Report of the Municipal Commissioner on the plague in Bombay for the year ending 31st May... - Volume 2
Disease focus: Plague
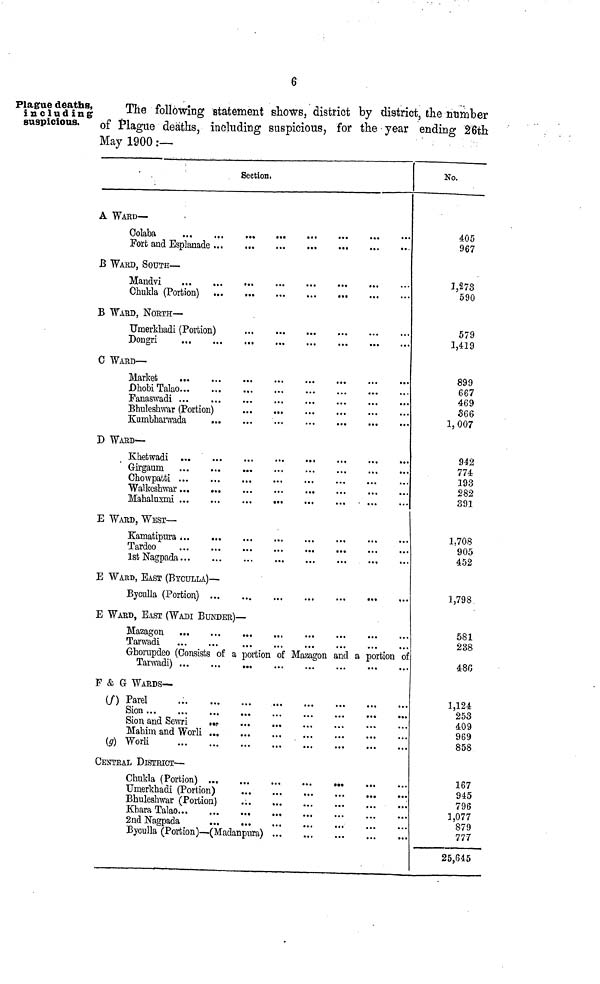
6
Plague deaths,
iuclud ing
suspicious.
The following statement shows, district by district, the number
of Plague deaths, including suspicious, for the year ending 26th
May 1900:—
A
B
B
C
D
E
E
E
F
C
Section
WARD—
WARD, SOUTH —
Mandvi
...
...
.
Ohukla (Portion)
WARD, NORTH —
TJmerkhadi (Portion)
...
WArD —
Market
DhobiTalao
Fanaswadi
Bhuleshwar (Portion)
Kumbharwada
,
WARD —
Khetwadi
Girgaum
Chowpatti
Walkeshwar
WARD, WEST —
Kamatipura
Tardeo
IstFagpada
,
WARD, EAST (BYCULLA) —
Byculla (Portion)
WARD, EAST (WADI BUNDEE) —
Mazagon
...
Tarwadi
Ghorupdeo (Consists of a portion of Mazagon and a portion oi
Tarwadi)
...
& G WARDS—
(/) Parel
Sion
Sion and Sewri
..?
Mahhn and Worli ...
(g) Worli
/ENTEAL DISTRICT —
Chukla (Portion)
Umerkhadi (Portion)
Bhuleshwar (Portion)
KharaTalao,
2nd Nagpada
Byculla (Portion)— (Madanpura)
No.
405
967
3,273
590
579
1,419
899
667
469
366
1,007
942
774
193
282
391
1,708
905
452
1,798
581
238
486
1,124
253
409
969
858
167
945
796
1,077
879
777
25,645